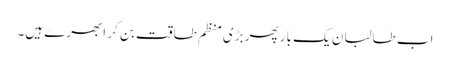
اب طالبان یک بار پھر بڑی منظم طاقت بن کر ابھرے ہیں۔